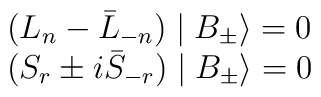
\begin{array}{l}(L_n-\bar{L}_{-n})\mid B_{\pm }\rangle =0 \\ (S_r\pm i\bar{S}_{-r})\mid B_{\pm }\rangle =0\end{array}